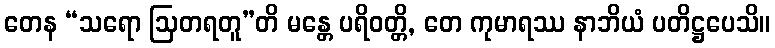
တေန “သရော ဩတရတူ”တိ မန္တေ ပရိဝတ္တိ, တေ ကုမာရဿ နာဘိယံ ပတိဋ္ဌပေသိ။